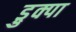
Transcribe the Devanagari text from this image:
ड्रुक्पा